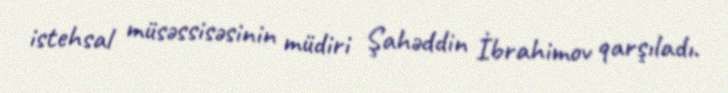
istehsal müsəssisəsinin müdiri Şahəddin İbrahimov qarşıladı.